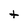
Character: T